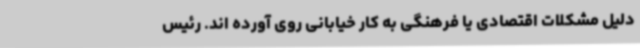
دلیل مشکلات اقتصادی یا فرهنگی به کار خیابانی روی آورده اند. رئیس